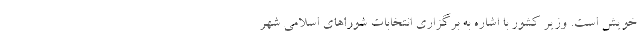
خویش است. وزیر کشور با اشاره به برگزاری انتخابات شوراهای اسلامی شهر